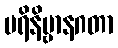
ပရိနိဗ္ဗာနဂတာ